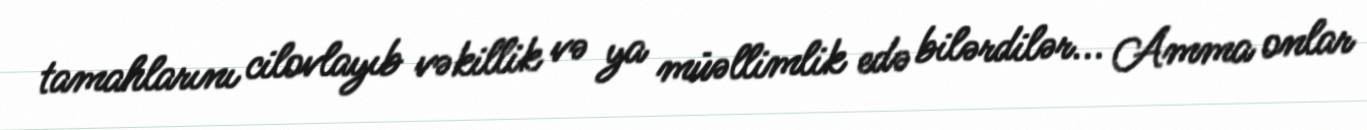
tamahlarını cilovlayıb vəkillik və ya müəllimlik edə bilərdilər... Amma onlar